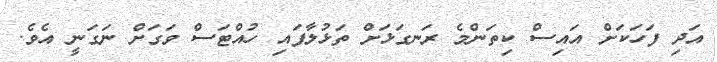
އަދި ފަހަކަށް އައިސް ކިތަންމެ ރަނގަޅަށް ތަޅުލާފައި ހުއްޓަސް ވަގަށް ނަގަނީ އެވެ.